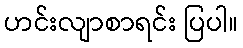
ဟင်းလျာစာရင်း ပြပါ။